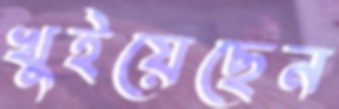
খুইয়েছেন